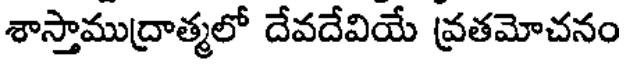
శాస్తాముద్రాత్మలో దేవదేవియే వ్రతమోచనం